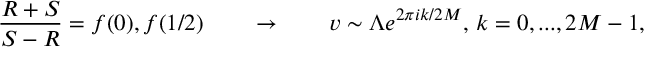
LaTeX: { \frac { R + S } { S - R } } = f ( 0 ) , f ( 1 / 2 ) \qquad \rightarrow \qquad v \sim \Lambda e ^ { 2 \pi i k / 2 M } , \, k = 0 , . . . , 2 M - 1 ,